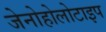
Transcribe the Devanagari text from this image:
जेनोहोलोटाइप